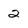
Character: 2